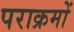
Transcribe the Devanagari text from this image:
पराक्रमों